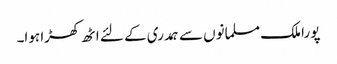
پورا ملک مسلمانوں سے ہمدری کے لئے اٹھ کھڑا ہوا۔